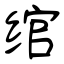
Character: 绾